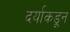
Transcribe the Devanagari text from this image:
दर्याकडून